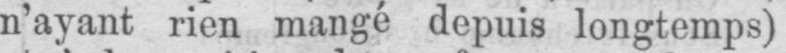
n’ayant rien mangé depuis longtemps)